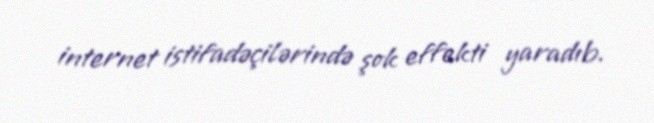
internet istifadəçilərində şok effekti yaradıb.